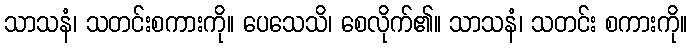
သာသနံ၊ သတင်းစကားကို။ ပေသေသိ၊ စေလိုက်၏။ သာသနံ၊ သတင်း စကားကို။